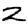
Digit: 2